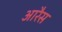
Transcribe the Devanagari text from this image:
आरैस